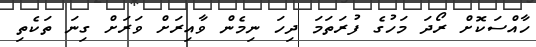
ހާއްސަކޮށް ރޯދަ މަހުގެ ފުރަތަމަ ދިހަ ނިމެން ވާއިރަށް ވަރަށް ގިނަ ތަކެތި